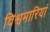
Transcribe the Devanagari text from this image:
विश्वमारियां